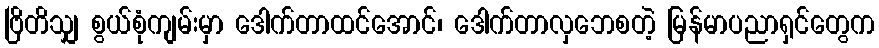
ဗြိတိသျှ စွယ်စုံကျမ်းမှာ ဒေါက်တာထင်အောင်၊ ဒေါက်တာလှဘေစတဲ့ မြန်မာပညာရှင်တွေက